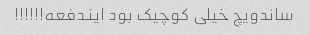
ساندویچ خیلی کوچیک بود ایندفعه!!!!!!